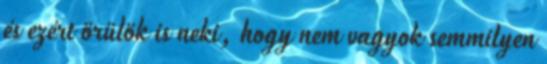
és ezért örülök is neki, hogy nem vagyok semmilyen